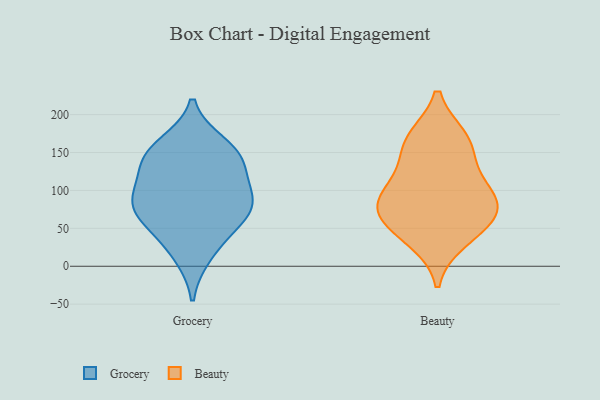
{"axis": {"x": "Production Output", "y": "Value"}, "legend": ["Beauty", "Grocery"], "data": [{"x": "", "y": 139, "type": "Grocery"}, {"x": "", "y": 65, "type": "Grocery"}, {"x": "", "y": 15, "type": "Grocery"}, {"x": "", "y": 97, "type": "Grocery"}, {"x": "", "y": 139, "type": "Grocery"}, {"x": "", "y": 79, "type": "Grocery"}, {"x": "", "y": 160, "type": "Grocery"}, {"x": "", "y": 46, "type": "Grocery"}, {"x": "", "y": 147, "type": "Grocery"}, {"x": "", "y": 94, "type": "Grocery"}, {"x": "", "y": 80, "type": "Grocery"}, {"x": "", "y": 80, "type": "Beauty"}, {"x": "", "y": 150, "type": "Beauty"}, {"x": "", "y": 75, "type": "Beauty"}, {"x": "", "y": 34, "type": "Beauty"}, {"x": "", "y": 112, "type": "Beauty"}, {"x": "", "y": 169, "type": "Beauty"}, {"x": "", "y": 169, "type": "Beauty"}, {"x": "", "y": 108, "type": "Beauty"}, {"x": "", "y": 71, "type": "Beauty"}, {"x": "", "y": 46, "type": "Beauty"}, {"x": "", "y": 77, "type": "Beauty"}]}